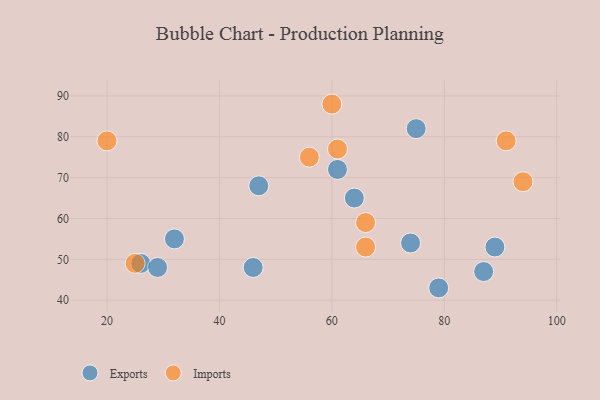
{"axis": {"x": "GDP", "y": "Life Expectancy"}, "legend": ["Exports", "Imports"], "data": [{"x": "64", "y": 65, "type": "Exports"}, {"x": "87", "y": 47, "type": "Exports"}, {"x": "46", "y": 48, "type": "Exports"}, {"x": "61", "y": 72, "type": "Exports"}, {"x": "32", "y": 55, "type": "Exports"}, {"x": "75", "y": 82, "type": "Exports"}, {"x": "47", "y": 68, "type": "Exports"}, {"x": "89", "y": 53, "type": "Exports"}, {"x": "74", "y": 54, "type": "Exports"}, {"x": "79", "y": 43, "type": "Exports"}, {"x": "26", "y": 49, "type": "Exports"}, {"x": "29", "y": 48, "type": "Exports"}, {"x": "60", "y": 88, "type": "Imports"}, {"x": "91", "y": 79, "type": "Imports"}, {"x": "94", "y": 69, "type": "Imports"}, {"x": "61", "y": 77, "type": "Imports"}, {"x": "25", "y": 49, "type": "Imports"}, {"x": "56", "y": 75, "type": "Imports"}, {"x": "20", "y": 79, "type": "Imports"}, {"x": "66", "y": 53, "type": "Imports"}, {"x": "66", "y": 59, "type": "Imports"}]}